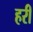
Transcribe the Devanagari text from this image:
हरीं